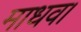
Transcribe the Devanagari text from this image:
माधव।